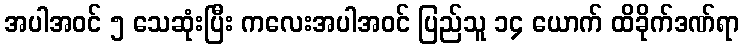
အပါအဝင် ၅ သေဆုံးပြီး ကလေးအပါအဝင် ပြည်သူ ၁၄ ယောက် ထိခိုက်ဒဏ်ရာ